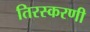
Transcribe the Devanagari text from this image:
तिरस्करणी